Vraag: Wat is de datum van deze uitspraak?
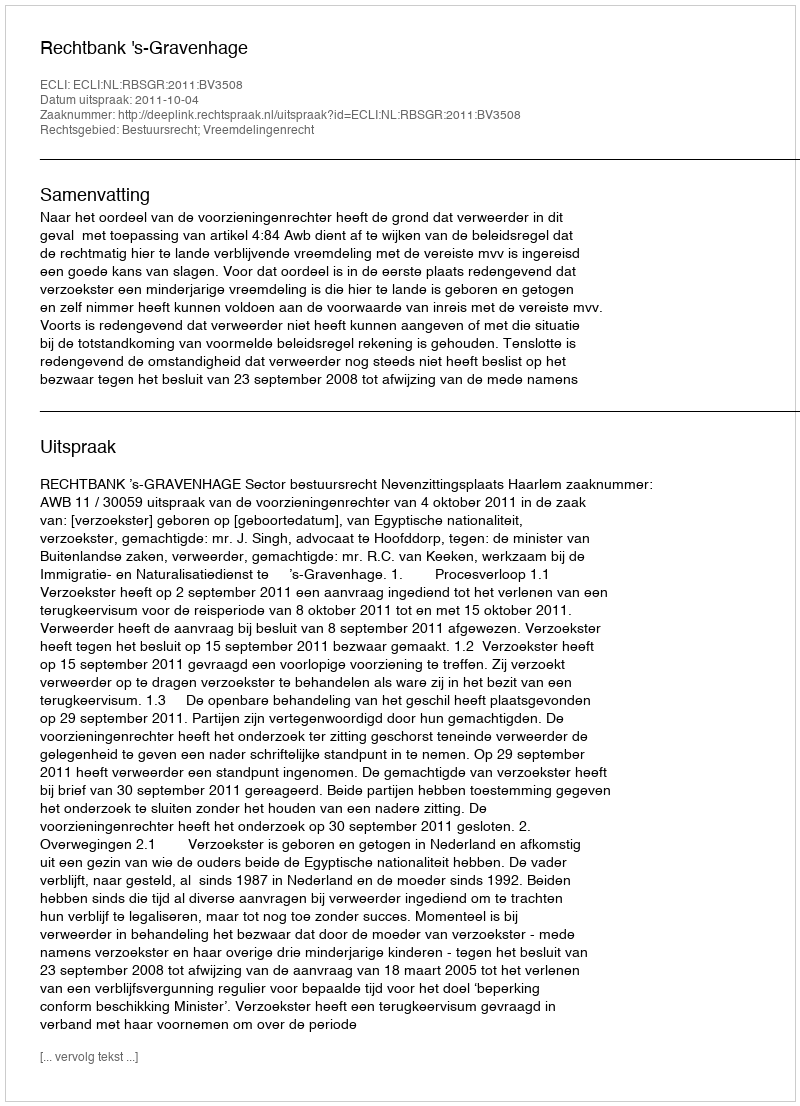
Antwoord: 2011-10-04